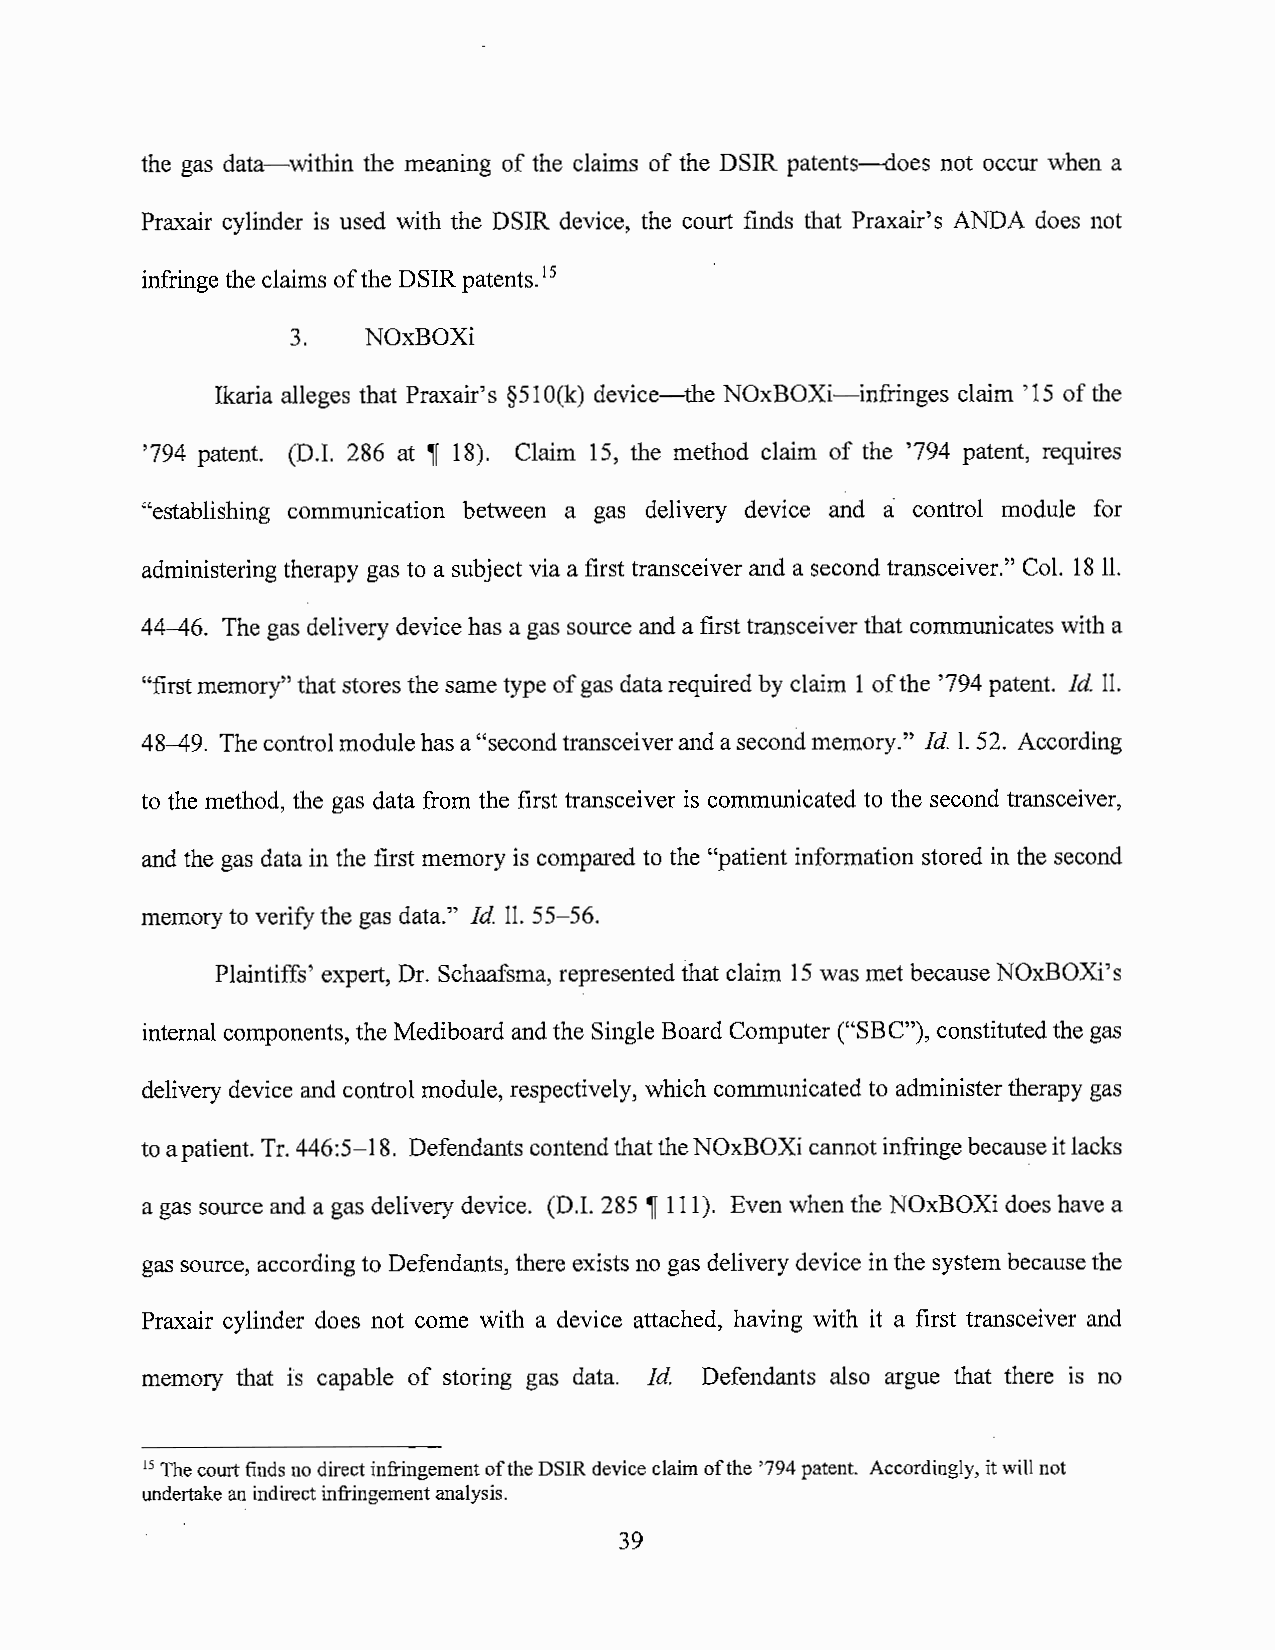
the gas data-within the meaning of the claims of the DSIR patents--does not occur when a
 Praxair cylinder is used with the DSIR device, the court finds that Praxair's ANDA does not
 infringe the claims of the DSIR patents.15
 3.   NOxBOXi
 Ikaria alleges that Praxair' s §51 O(k) device-the NOxBOXi-infringes claim '15 of the
 '794 patent. (D.I. 286 at if 18). Claim 15, the method claim of the '794 patent, requires
 a
 "establishing communication between a gas delivery device and control module for
 administering therapy gas to a subject via a first transceiver and a second transceiver." Col. 18 11.
 44-46. The gas delivery device has a gas source and a first transceiver that communicates with a
 "first memory" that stores the same type of gas data required by claim 1 of the '794 patent. Id. 11.
 48-49. The control module has a "second transceiver and a second memory." Id. 1. 52. According
 to the method, the gas data from the first transceiver is communicated to the second transceiver,
 and the gas data in the first memory is compared to the "patient information stored in the second
 memory to verify the gas data." Id. 11. 55-56.
 Plaintiffs' expert, Dr. Schaafsma, represented that claim 15 was met because NOxBOXi's
 internal components, the Mediboard and the Single Board Computer ("SBC"), constituted the gas
 delivery device and control module, respectively, which communicated to administer therapy gas
 to a patient. Tr. 446:5-18. Defendants contend that the NOxBOXi cannot infringe because it lacks
 a gas source and a gas delivery device. (D.I. 285 if 111). Even when the NOxBOXi does have a
 gas source, according to Defendants, there exists no gas delivery device in the system because the
 Praxair cylinder does not come with a device attached, having with it a first transceiver and
 memory that is capable of storing gas data. Id. Defendants also argue that there is no
 15 The court finds no direct infringement of the DSIR device claim of the '794 patent. Accordingly, it will not
 undertake an indirect infringement analysis.
 39